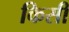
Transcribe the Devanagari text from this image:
किसी